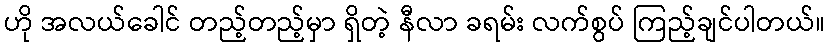
ဟို အလယ်ခေါင် တည့်တည့်မှာ ရှိတဲ့ နီလာ ခရမ်း လက်စွပ် ကြည့်ချင်ပါတယ်။